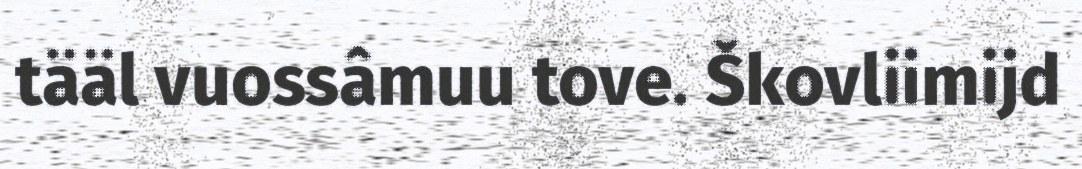
tääl vuossâmuu tove. Škovliimijd